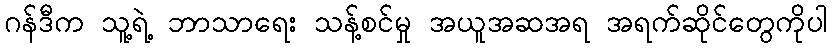
ဂန်ဒီက သူ့ရဲ့ ဘာသာရေး သန့်စင်မှု အယူအဆအရ အရက်ဆိုင်တွေကိုပါ